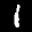
Label: 1